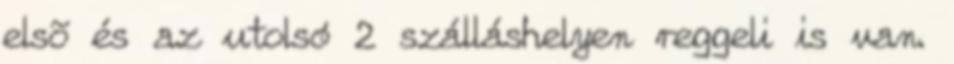
elsõ és az utolsó 2 szálláshelyen reggeli is van.